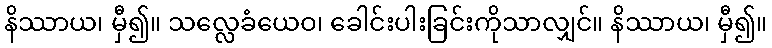
နိဿာယ၊ မှီ၍။ သလ္လေခံယေဝ၊ ခေါင်းပါးခြင်းကိုသာလျှင်။ နိဿာယ၊ မှီ၍။